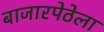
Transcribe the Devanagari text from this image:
बाजारपेठेला